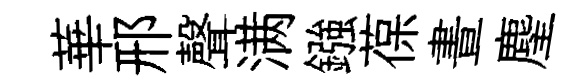
華邢聲满鏹葆晝麈